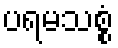
ပရမသစ္စံ